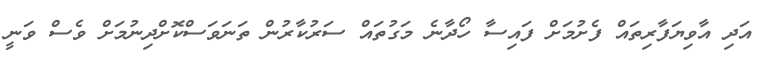
އަދި އާވިޔަފާރިތައް ފެށުމަށް ފައިސާ ހޯދާނެ މަގުތައް ސަރުކާރުން ތަނަވަސްކޮށްދިނުމަށް ވެސް ވަނީ